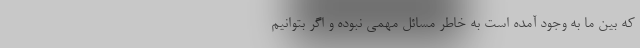
که بین ما به وجود آمده است به خاطر مسائل مهمی نبوده و اگر بتوانیم